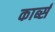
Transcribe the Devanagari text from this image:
कार्ब्स